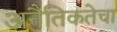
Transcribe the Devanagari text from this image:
अनैतिकतेचा